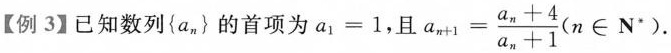
【例3】已知数列{a_{n}}的首项为$$a_{1}=1$$，且 $$a_{n+1}= \frac{a_{n}+4}{a_{n}+1}(n \in N^{*})$$ .